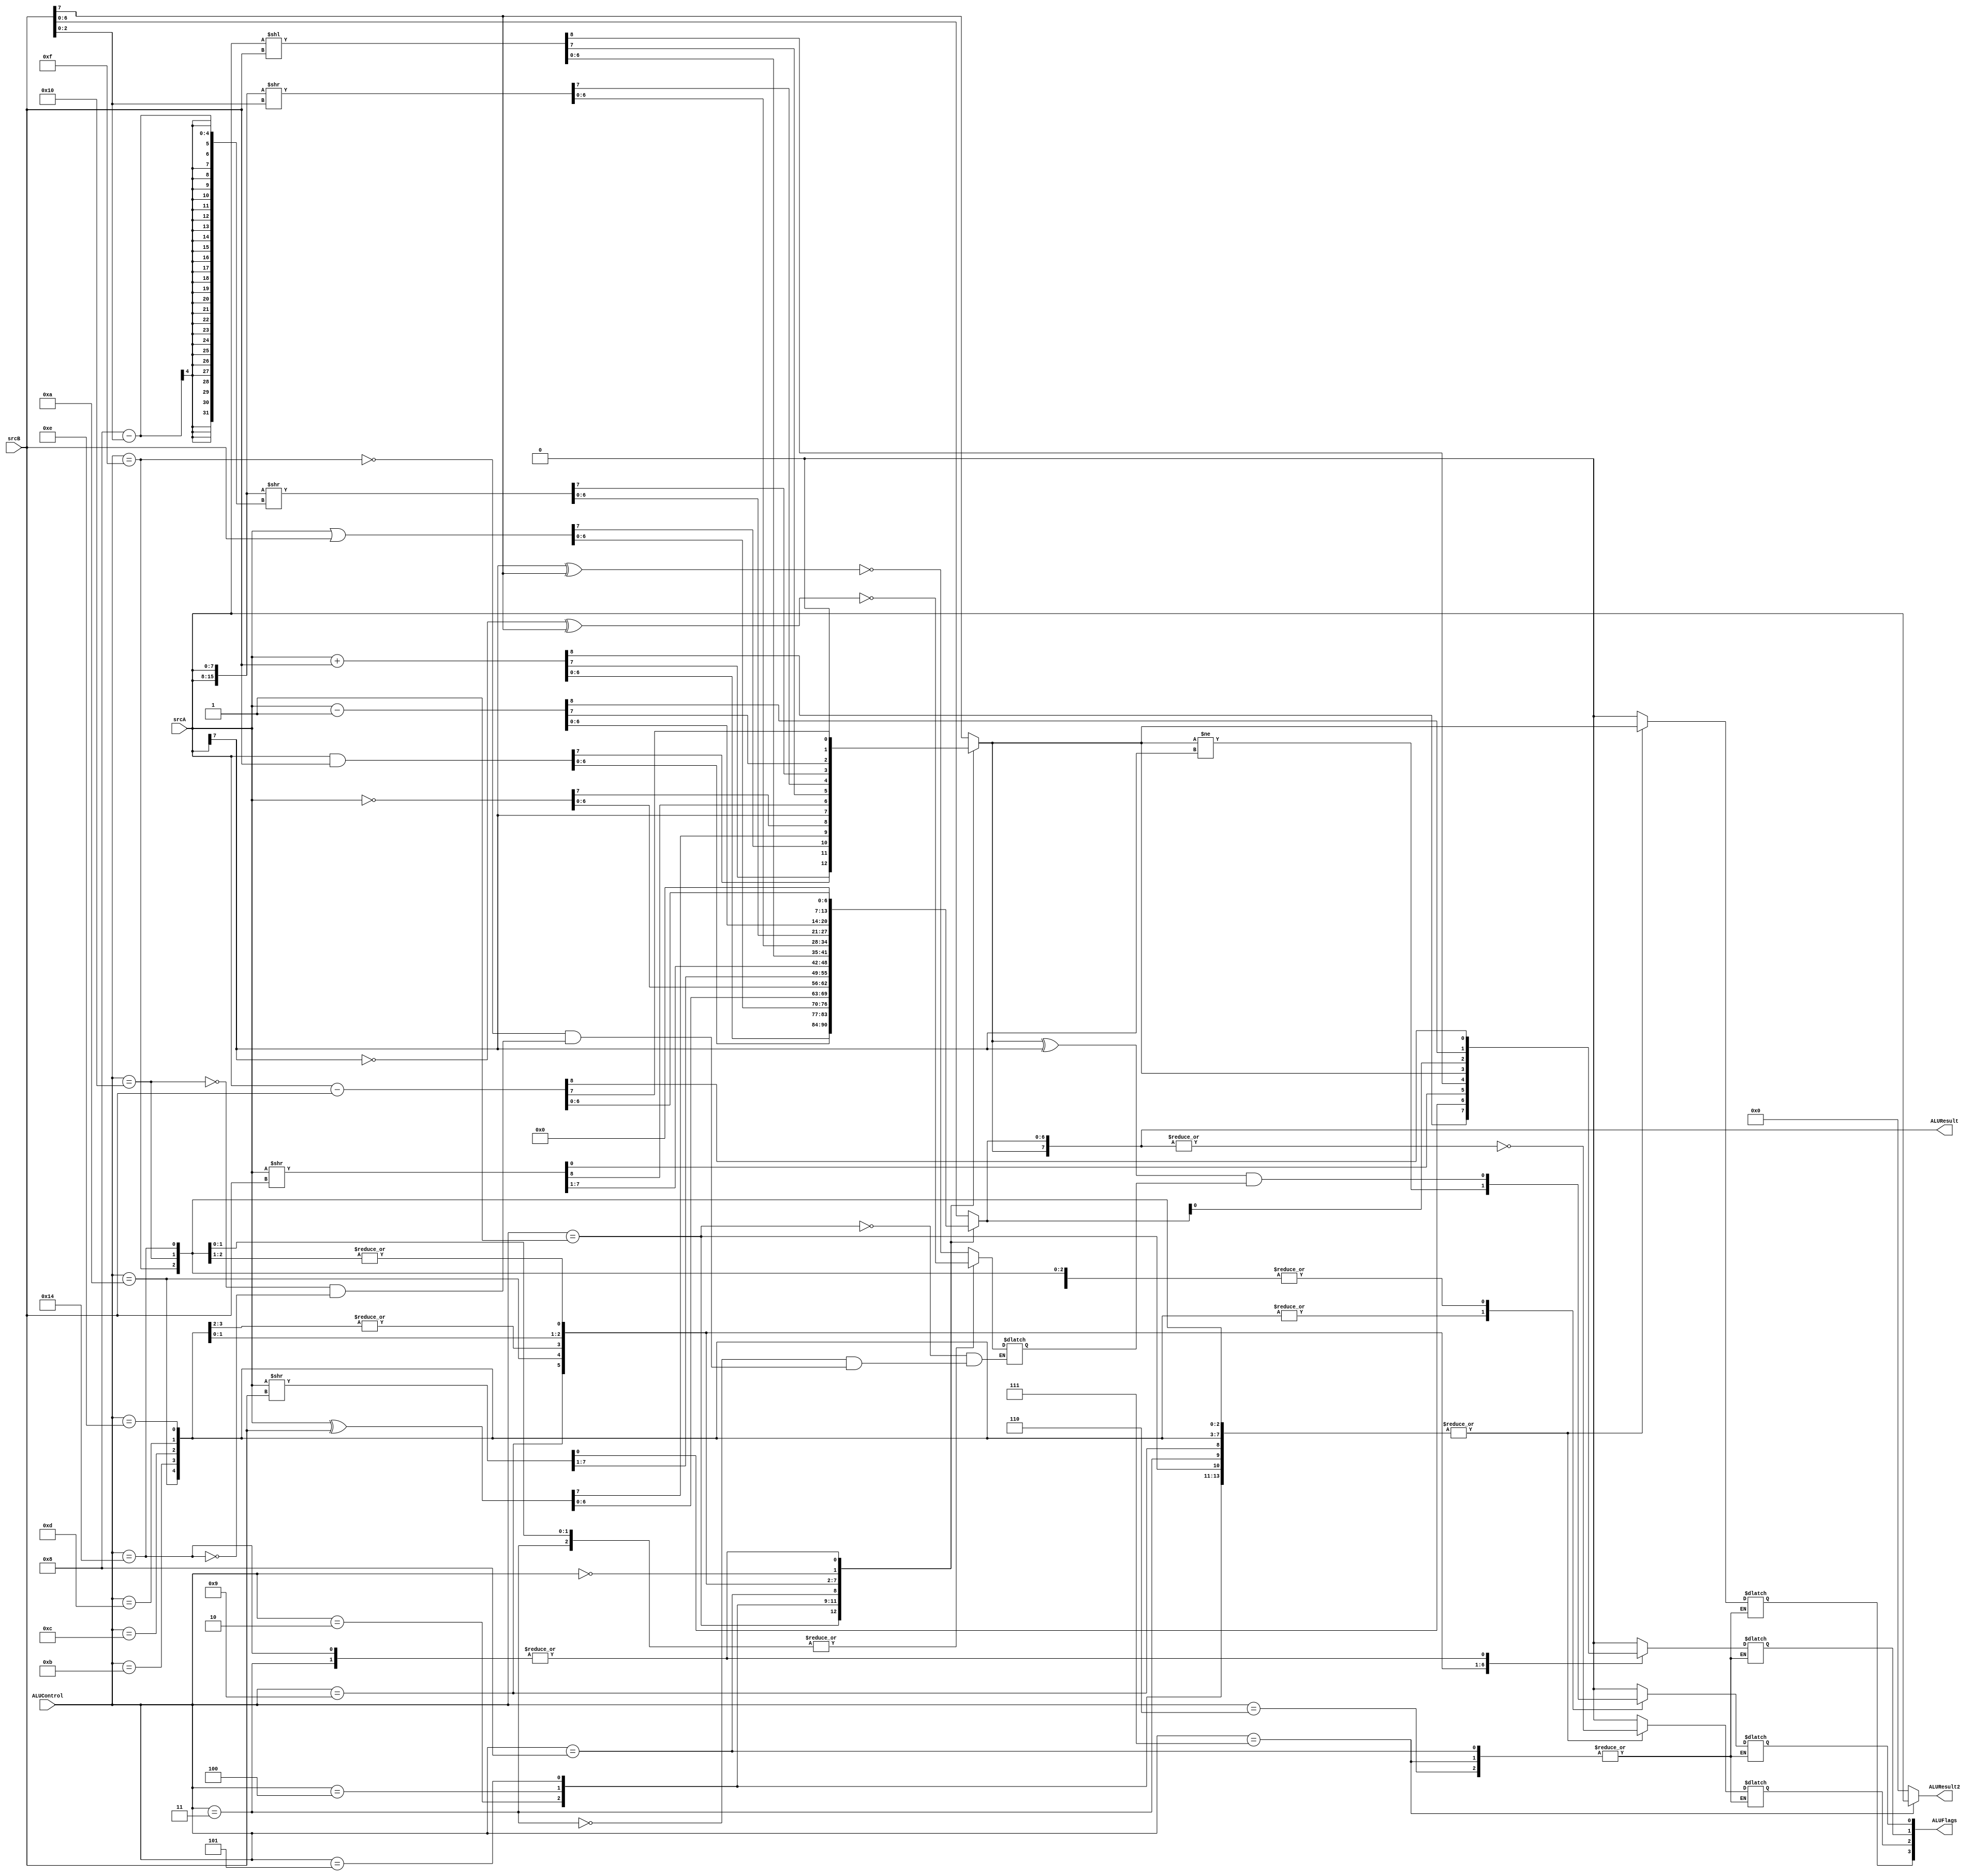
`timescale 1ns / 1ps

module alu (
	 input [4:0] ALUControl,
	 input [7:0] srcA,
	 input [7:0] srcB,
	 output reg [7:0] ALUResult,
	 output reg [7:0] ALUResult2,
	 output reg [3:0] ALUFlags
	 );
	
	reg xn; 
	
	always @(ALUControl, srcA, srcB)
	case(ALUControl)
		//7-XCHG
		5'b00111: ALUResult2 <= srcA;
		default: ALUResult2 <= 8'b0;
	endcase
	
	always @(*)
	case(ALUControl)
		
		//1-ADD
		5'b00001:
		begin
			{ALUFlags[1], ALUResult} <= srcA + srcB;
			ALUFlags[3] <= ALUResult[7];
			ALUFlags[2] <= ~(|ALUResult);
			xn <= ~(1'b0 ^ srcA[7] ^ srcB[7]);
			ALUFlags[0] <= ((ALUResult[7] ^ srcA[7]) & xn);
		end

		5'b00010: //AND
		begin
			ALUResult <= srcA & srcB ;
			ALUFlags[3] <= ALUResult[7];
			ALUFlags[2] <= ~(|ALUResult);
			ALUFlags[1] <= 1'b0;
			ALUFlags[0] <= 1'b0;
		end

		5'b00011: //SUB
		begin
			{ALUFlags[1], ALUResult} <= srcA - srcB;
			ALUFlags[3] <= ALUResult[7];
			ALUFlags[2] <= ~(|ALUResult);
			xn <= ~(1'b1 ^ srcA[7] ^ srcB[7]);
			ALUFlags[0] <= ((ALUResult[7] ^ srcA[7] ) & xn);
		end

		5'b00100: //OR
		begin
			ALUResult <= srcA | srcB;
			ALUFlags[3] <= ALUResult[7];
			ALUFlags[2] <= ~(|ALUResult);
			ALUFlags[1] <= 1'b0;
			ALUFlags[0] <= 1'b0;
		end

		5'b00101: //XOR
		begin
			ALUResult <= srcA ^ srcB;
			ALUFlags[3] <= ALUResult[7];
			ALUFlags[2] <= ~(|ALUResult);
			ALUFlags[1] <= 1'b0;
			ALUFlags[0] <= 1'b0;
		end

		5'b00110: ALUResult <= srcB; // MOV
		
		//7-XCHG
		5'b00111:
		begin
			ALUResult <= srcB;
		end

		5'b01000: ALUResult <= ~srcA; // NOT

		5'b01001: //SAR
		begin
			{ALUResult[6:0], ALUFlags[1]} <= srcA >> srcB;
			ALUResult[7] <= srcA[7];
			ALUFlags[0] <= 0;
			ALUFlags[3] <= ALUResult[7];
			ALUFlags[2] <= ~(|ALUResult);
		end
		
		//10-SLR
		5'b01010:
		begin
			{ALUResult, ALUFlags[1]} <= srcA >> srcB;
			ALUFlags[0] <= ALUResult[7] != srcA[7];
			ALUFlags[3] <= ALUResult[7];
			ALUFlags[2] <= ~(|ALUResult);
		end
		
		//11-SAL
		5'b01011:
		begin
			{ALUFlags[1], ALUResult} <= srcA << srcB;
			ALUFlags[0] <= ALUResult[7] != srcA[7];
			ALUFlags[3] <= ALUResult[7];
			ALUFlags[2] <= ~(|ALUResult);
		end
		
		//12-SLL
		5'b01100:
		begin
			{ALUFlags[1], ALUResult} <= srcA << srcB;
			ALUFlags[0] <= ALUResult[7] != srcA[7];
			ALUFlags[3] <= ALUResult[7];
			ALUFlags[2] <= ~(|ALUResult);
		end
		
		//13-ROL
		5'b01101:
		begin
			ALUResult <= {srcA, srcA} >> srcB[2:0];
			ALUFlags[0] <= ALUResult[7] != srcA[7];
			ALUFlags[1] <= ALUResult[7];
			ALUFlags[3] <= ALUResult[7];
			ALUFlags[2] <= ~(|ALUResult);
		end
		
		//14-ROR
		5'b01110:
		begin
			ALUResult <= {srcA, srcA} >> 8 - srcB[2:0];
			ALUFlags[0] <= ALUResult[7] != srcA[7];
			ALUFlags[1] <= ALUResult[0];
			ALUFlags[3] <= ALUResult[7];
			ALUFlags[2] <= ~(|ALUResult);
		end
		
		//15-INC
		5'b01111:
		begin
			{ALUFlags[1], ALUResult} <= srcA - 1;
			ALUFlags[3] <= ALUResult[7];
			ALUFlags[2] <= ~(|ALUResult);
			xn <= ~(1'b0 ^ srcA[7] ^ srcB[7]);
			ALUFlags[0] <= ((ALUResult[7] ^ srcA[7]) & xn);
		end
	
		//16-DEC
		5'b10000:
		begin
			{ALUFlags[1], ALUResult} <= srcA - 1;
			ALUFlags[3] <= ALUResult[7];
			ALUFlags[2] <= ~(|ALUResult);
			xn <= ~(1'b1 ^ srcA[7] ^ srcB[7]);
			ALUFlags[0] <= ((ALUResult[7] ^ srcA[7] ) & xn);
		end
		
		//17_NOP
		5'b00000: 
			begin
				ALUResult <= 8'b0;
				ALUFlags <= 4'b0;
			end
		//18-ShowR
		//5'b10010: Alu_temp = {8'b0 , AluFlags}; // ShowR

		//5'b10011: Alu_temp = {8'b0 , AluFlags}; // ShowRSegment
		
		//20-CMP
		5'b10100:
		begin
			{ALUFlags[1], ALUResult} <= srcA - srcB;
			ALUFlags[3] <= ALUResult[7];
			ALUFlags[2] <= ~(|ALUResult);
			xn <= ~(1'b1 ^ srcA[7] ^ srcB[7]);
			ALUFlags[0] <= ((ALUResult[7] ^ srcA[7] ) & xn);
		end
		
		//27-LI
		5'b10101: 
			begin
				ALUResult <= srcB; 
				ALUFlags <= 4'b0;
			end
		//28-LM
		5'b10110: 
			begin
				ALUResult <= srcB; 
				ALUFlags <= 4'b0;
			end
		5'b11111: // branch
			begin
				ALUResult <= srcB; 
				ALUFlags <= 4'b0;
			end

		default: 
			begin
				ALUResult <= srcB; 
				ALUFlags <= 4'b0;
			end
	endcase

	 
endmodule